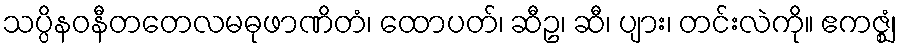
သပ္ပိနဝနီတတေလမဓုဖာဏိတံ၊ ထောပတ်၊ ဆီဥ၊ ဆီ၊ ပျား၊ တင်းလဲကို။ ဧကဇ္ဈံ၊